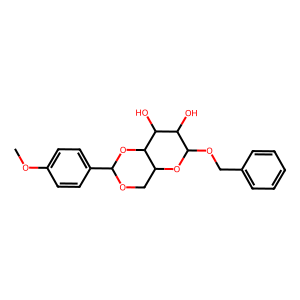
SMILES: COc1ccc(C2OCC3OC(OCc4ccccc4)C(O)C(O)C3O2)cc1
Inhibits HIV replication: No